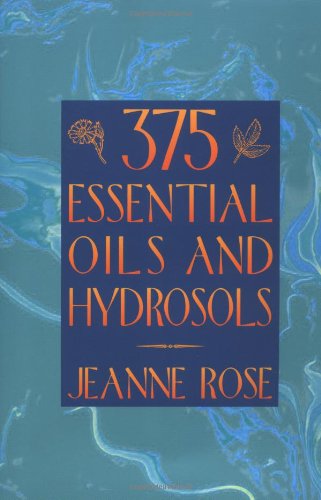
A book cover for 375 Essential Oils and Hydrosols; Jeanne Rose; Health, Fitness & Dieting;